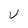
Character: U